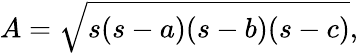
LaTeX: A={\sqrt{s(s-a)(s-b)(s-c)}},